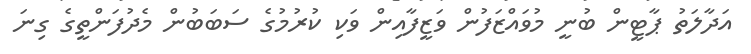
އަދާލަތު ޕާޓީން ބުނީ މުވައްޒަފުން ވަޒީފާއިން ވަކި ކުރުމުގެ ސަބަބުން މެދުފަންތީގެ ގިނަ